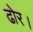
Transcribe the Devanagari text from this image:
ढोर।